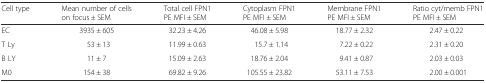
<table><thead><tr><td><b>Cell type</b></td><td><b>Mean number of cells on focus ± SEM</b></td><td><b>Total cell FPN1 PE MFI ± SEM</b></td><td><b>Cytoplasm FPN1 PE MFI ± SEM</b></td><td><b>Membrane FPN1 PE MFI ± SEM</b></td><td><b>Ratio cyt/memb FPN1 PE MFI ± SEM</b></td></tr></thead><tbody><tr><td>EC</td><td>3935 ± 605</td><td>32.23 ± 4.26</td><td>46.08 ± 5.98</td><td>18.77 ± 2.32</td><td>2.47 ± 0.22</td></tr><tr><td>T Ly</td><td>53 ± 13</td><td>11.99 ± 0.63</td><td>15.7 ± 1.14</td><td>7.22 ± 0.22</td><td>2.31 ± 0.20</td></tr><tr><td>B LY</td><td>11 ± 7</td><td>15.09 ± 2.63</td><td>18.76 ± 2.04</td><td>9.41 ± 0.87</td><td>2.03 ± 0.03</td></tr><tr><td>M0</td><td>154 ± 38</td><td>69.82 ± 9.26</td><td>105.55 ± 23.82</td><td>53.11 ± 7.53</td><td>2.00 ± 0.001</td></tr></tbody></table>